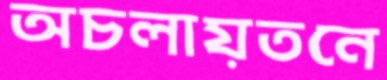
অচলায়তনে